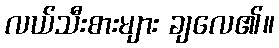
လယ်သီးစားများ ချလေ၏။